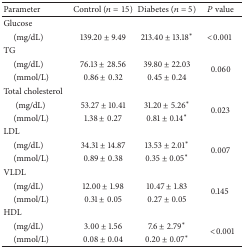
<table><thead><tr><td><b>Parameter</b></td><td><b>Control (<i>n</i> = 15)</b></td><td><b>Diabetes (<i>n</i> = 5)</b></td><td><b><i>P</i> value</b></td></tr></thead><tbody><tr><td>Glucose</td><td> </td><td> </td><td> </td></tr><tr><td> (mg/dL)</td><td>139.20 ± 9.49</td><td>213.40 ± 13.18*</td><td>&lt;0.001 </td></tr><tr><td>TG</td><td> </td><td> </td><td> </td></tr><tr><td> (mg/dL)</td><td>76.13 ± 28.56</td><td>39.80 ± 22.03</td><td rowspan="2">0.060</td></tr><tr><td> (mmol/L)</td><td>0.86 ± 0.32</td><td>0.45 ± 0.24</td></tr><tr><td>Total cholesterol</td><td> </td><td> </td><td> </td></tr><tr><td>(mg/dL)</td><td>53.27 ± 10.41</td><td>31.20 ± 5.26*</td><td rowspan="2">0.023</td></tr><tr><td> (mmol/L)</td><td>1.38 ± 0.27</td><td>0.81 ± 0.14*</td></tr><tr><td>LDL</td><td> </td><td> </td><td> </td></tr><tr><td> (mg/dL)</td><td>34.31 ± 14.87</td><td>13.53 ± 2.01*</td><td rowspan="2">0.007</td></tr><tr><td> (mmol/L)</td><td>0.89 ± 0.38</td><td>0.35 ± 0.05*</td></tr><tr><td>VLDL</td><td> </td><td> </td><td> </td></tr><tr><td> (mg/dL)</td><td>12.00 ± 1.98</td><td>10.47 ± 1.83</td><td rowspan="2">0.145</td></tr><tr><td> (mmol/L)</td><td>0.31 ± 0.05</td><td>0.27 ± 0.05</td></tr><tr><td>HDL</td><td> </td><td> </td><td> </td></tr><tr><td> (mg/dL)</td><td>3.00 ± 1.56</td><td>7.6 ± 2.79*</td><td rowspan="2">&lt;0.001</td></tr><tr><td> (mmol/L)</td><td>0.08 ± 0.04</td><td>0.20 ± 0.07*</td></tr></tbody></table>